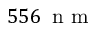
5 5 6 \ensuremath { \, \mathrm { ~ n ~ m ~ } }